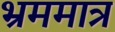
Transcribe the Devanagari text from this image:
भ्रममात्र